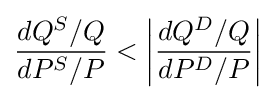
{\frac {dQ^{S}/Q}{dP^{S}/P}}<\left|{\frac {dQ^{D}/Q}{dP^{D}/P}}\right|